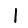
Digit: 1